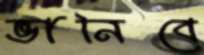
ভানিবে